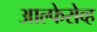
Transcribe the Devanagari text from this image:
आल्फेरोव्ह